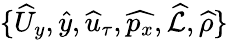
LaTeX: \{ \widehat{U}_{y},\widehat{y},\widehat{u}_{\tau},\widehat{p_{x}},\widehat{\mathcal{L}},\widehat{\rho}\}